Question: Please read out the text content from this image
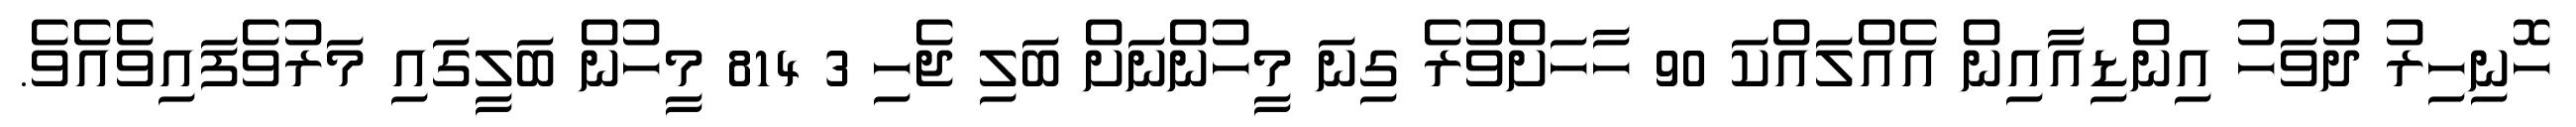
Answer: ހޮނިހިރު ދުވަހު އިންޑިއާއިން އެއްލައްކަ 90 ހާހަށްވުރެ ގިނަ މީހުންނަށް ބަލި ޖެހި 3 814 މީހުން ބަލީގައި މަރުވެފައިވެއެވެ.